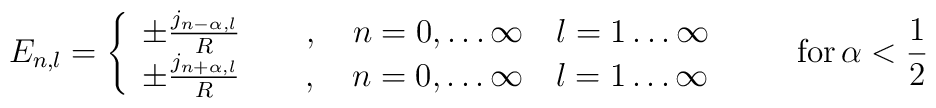
E_{n,l}=\left\{\begin{array}{l}  \pm\frac{j_{n-\alpha,l}}{R} \qquad ,  \quad n=0,\ldots\infty \quad l=1\ldots\infty\\  \pm\frac{j_{n+\alpha,l}}{R} \qquad ,  \quad n=0,\ldots\infty \quad l=1\ldots\infty\end{array}\right. \qquad {\rm for}\,\alpha< \frac{1}{2}